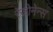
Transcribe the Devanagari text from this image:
रेज़ोनेन्स